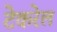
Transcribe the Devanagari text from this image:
टेकरेल